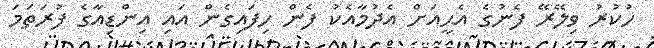
ހުކުރު ވިލޭރޭ ފެނުގެ އެޙީއަށް އެދުމާއެކު ފެން ހިފައިގެން އައި އިންޑިއާގެ ފުރަތަމަ